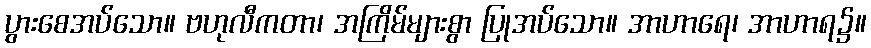
ပွားစေအပ်သော။ ဗဟုလီကတာ၊ အကြိမ်များစွာ ပြုအပ်သော။ အာဟာရေ၊ အာဟာရ၌။